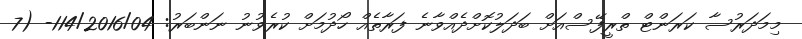
މިމަދަރުސާ ކަރަންޓް ތްރީފޭސްއަށް ބަދަލުކޮށްދެއްވާނެ ފަރާތެއް ހޯދުމަށް ކުރެވުނު ނަންބަރު: 114/2016/04- (7